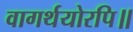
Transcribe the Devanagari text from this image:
वागर्थयोरपि॥